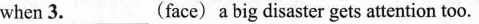
when 3.___(face) a big disaster gets attention too.